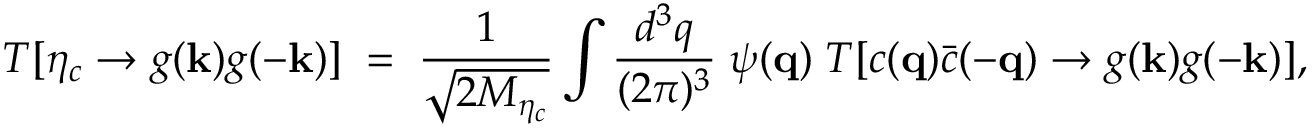
{ \cal T } [ \eta _ { c } \to g ( { \bf k } ) g ( - { \bf k } ) ] \; = \; { \frac { 1 } { \sqrt { 2 M _ { \eta _ { c } } } } } \int { \frac { d ^ { 3 } q } { ( 2 \pi ) ^ { 3 } } } \; \psi ( { \bf q } ) \; { \cal T } [ c ( { \bf q } ) \bar { c } ( - { \bf q } ) \to g ( { \bf k } ) g ( - { \bf k } ) ] ,